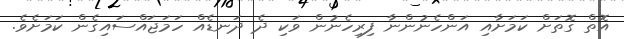
އޮތް ގޮތަށް ކަމަށާއި އަންހެނުންނާ ފިރިހެނުން ވަކި ދެ ދަނޑެއް ހަމަޖައްސައިގެން ކަމަށެވެ.